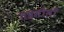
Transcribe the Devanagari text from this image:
तहसीलोँ